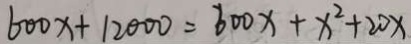
6 0 0 x + 1 2 0 0 0 = 6 0 0 x + x ^ { 2 } + 2 0 x